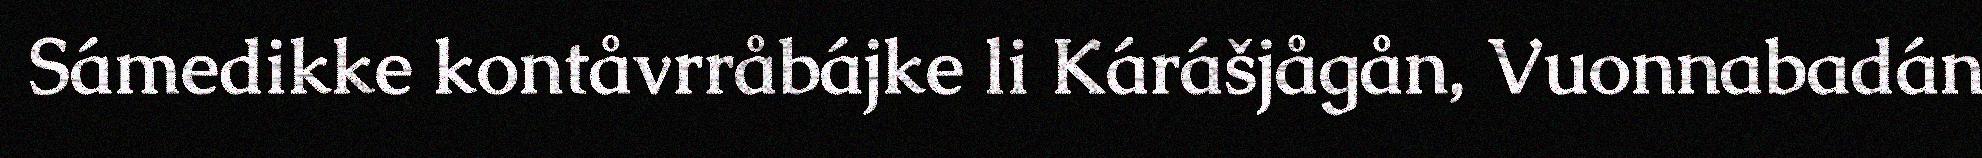
Sámedikke kontåvrråbájke li Kárášjågån, Vuonnabadán